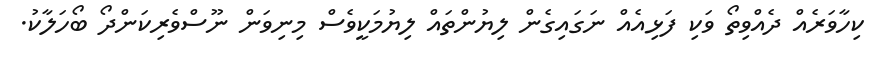
ކިހާވަރެއް ދެއްވިތޯ ވަކި ފަޅިއެއް ނަގައިގެން ލިޔުންތައް ލިޔުމަކީވެސް މިނިވަން ނޫސްވެރިކަންދޯ ބޯހަލާކު.